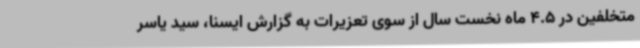
متخلفین در 4.5 ماه نخست سال از سوی تعزیرات به گزارش ایسنا، سید یاسر